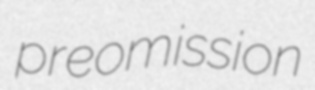
preomission